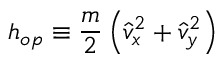
h _ { o p } \equiv \frac { m } { 2 } \left( \hat { v } _ { x } ^ { 2 } + \hat { v } _ { y } ^ { 2 } \right)